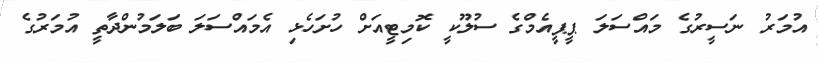
އުމަރު ނަސީރުގެ މައްސަލަ ޕީޕީއެމްގެ ސުލޫކީ ކޮމިޓީއަށް ހުށަހެޅި އެމައްސަލަ ބަލަމުންދާތީ އުމަރުގެ